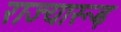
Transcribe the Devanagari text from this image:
राज्यारूढ़